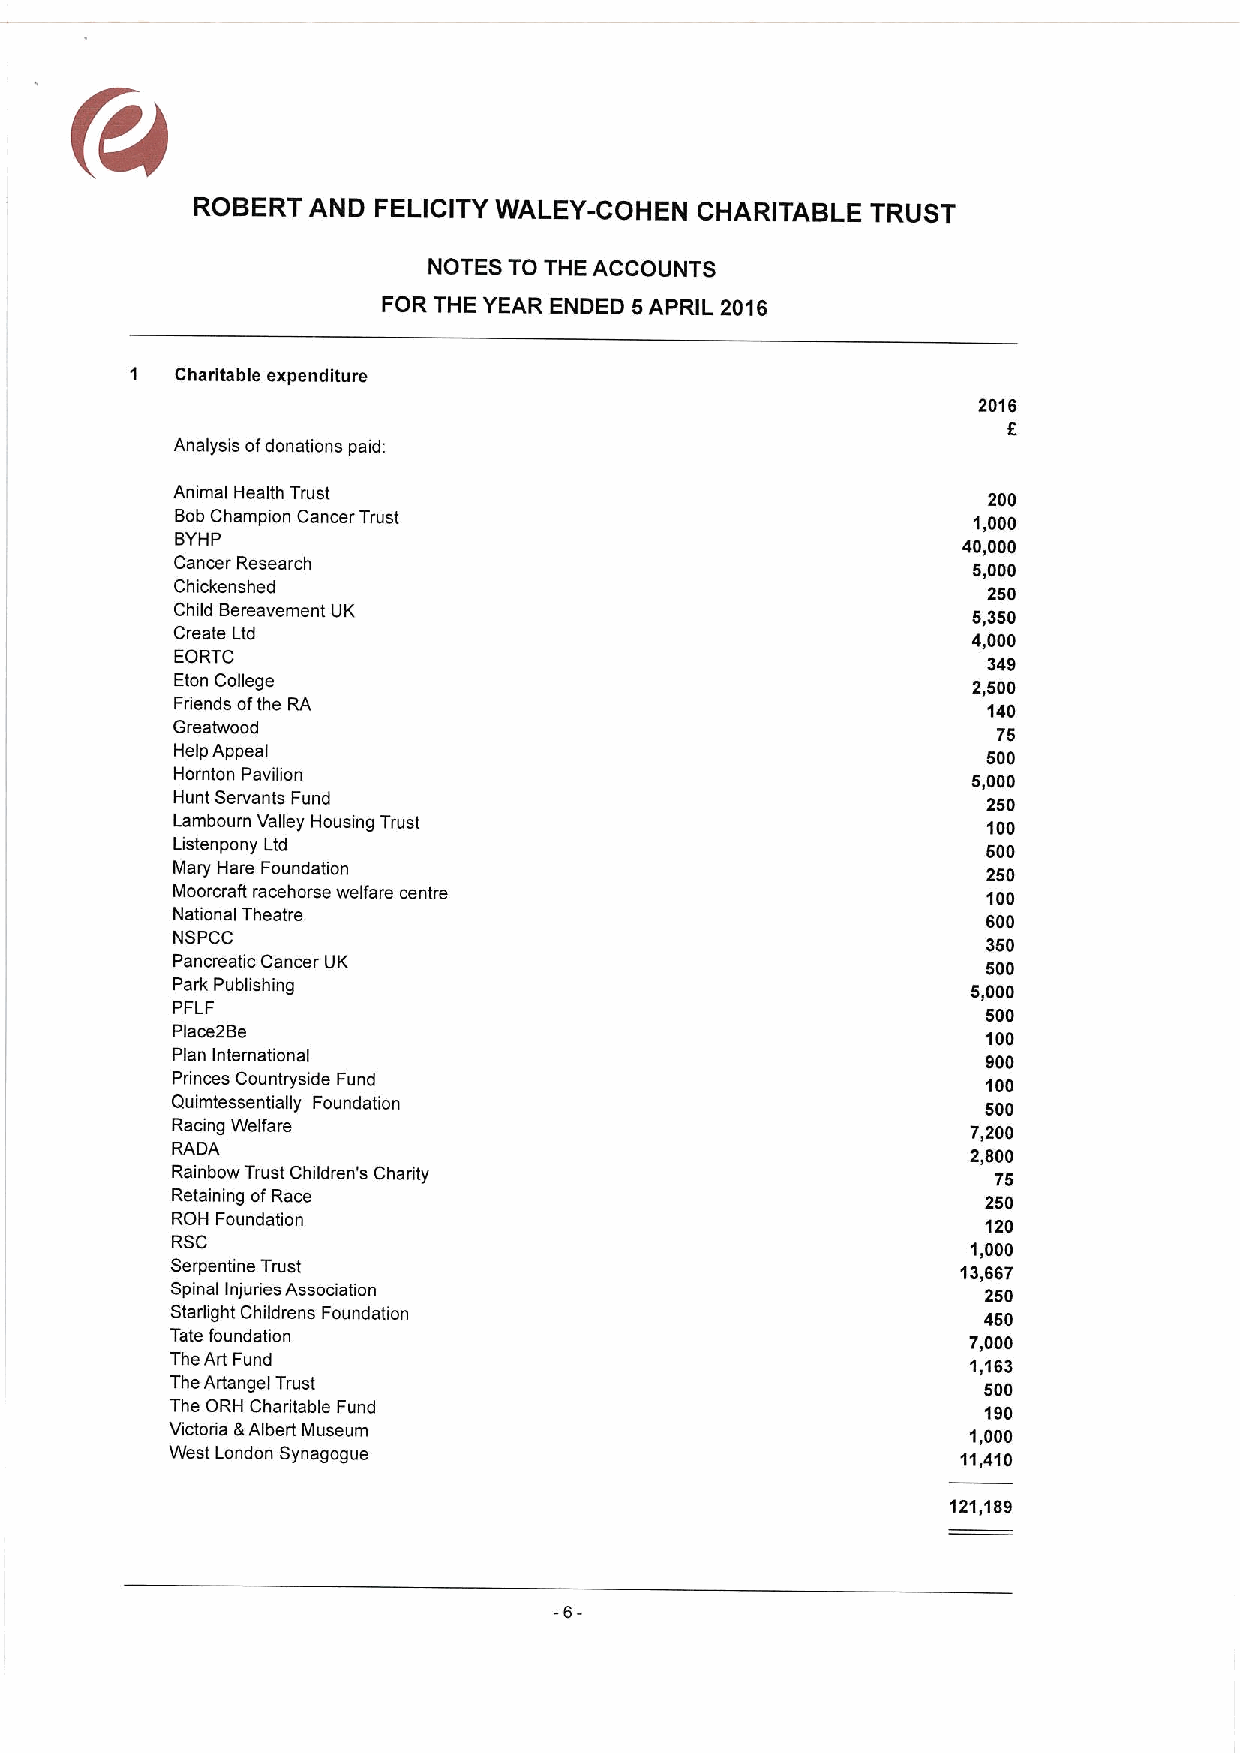
ROBERT AND  FELICITY WALEY-COHEN CHARITABLE  TRUST
 NOTES TO THE ACCOUNTS
 FOR THE YEAR ENDED 5APRIL 2016
 Charitable expenditure
 2016
 5
 Analysis ofdonations paid:
 Animal Health Trust                                   200
 Bob Champion Cancer Trust                           1,000
 BYHP                                                40,000
 Cancer Research
 5,000
 Chickenshed                                          250
 Child Bereavement UK                                5,350
 Create Ltd                                          4,000
 EORTC
 349
 Eton College                                        2,500
 Friends ofthe RA                                     140
 Greatwood                                              75
 Help Appeal                                          500
 Hornton Pavilion                                    5,000
 Hunt Servants Fund                                    250
 Lambourn Valley Housing Trust                         100
 Listenpony Ltd                                        500
 Mary Hare Foundation                                  250
 Moorcraft racehorse welfare centre                    100
 National Theatre                                      600
 NSPCC
 350
 Pancreatic Cancer UK                                  500
 Park Publishing                                      5,000
 PFLF
 500
 Place2Be                                              100
 Plan International                                    900
 Princes Countryside Fund                              100
 Quimtessentially Foundation                           500
 Racing Welfare                                       7,200
 RADA                                                 2,800
 Rainbow Trust Children's Charity                       75
 Retaining ofRace                                      250
 ROH Foundation                                        120
 RSC
 1,000
 Serpentine Trust                                     13,667
 Spinal Injuries Association                           250
 Starlight Childrens Foundation                        450
 Tate foundation                                      7,000
 The Art Fund                                         1,163
 The Artangei Trust                                    500
 The ORH Charitable Fund                               190
 Victoria &Albert Museum                              1,000
 West London Synagogue                                11,410
 121,189